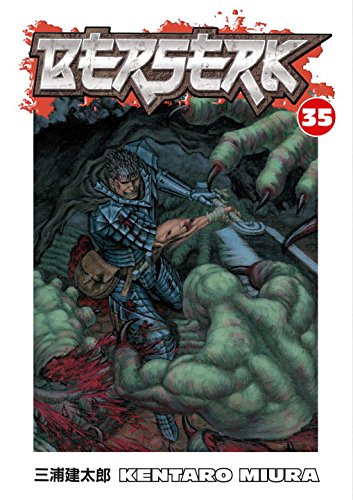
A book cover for Berserk, Vol. 35; Kentaro Miura; Science Fiction & Fantasy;